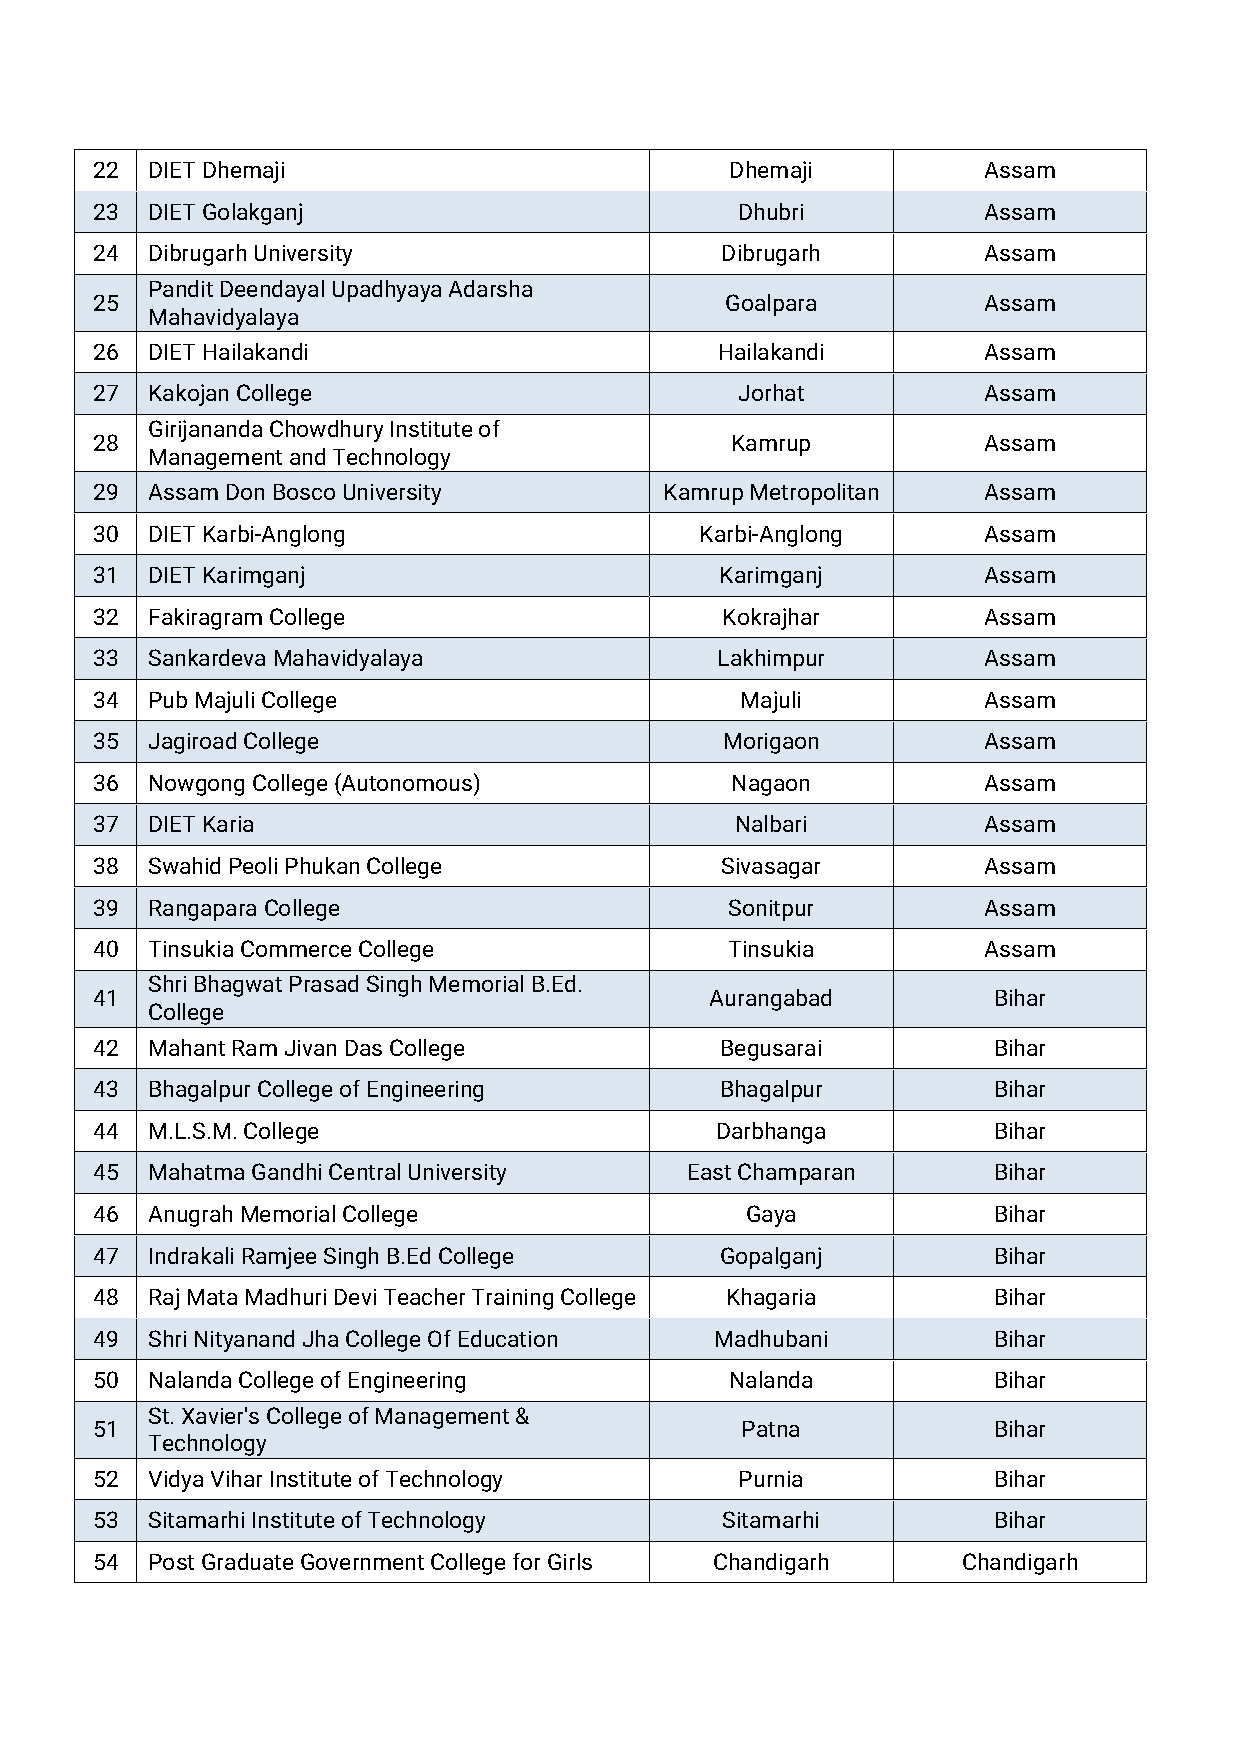
22  DIETDhemaji                           Dhemaji          Assam
 23  DIETGolakganj                          Dhubri          Assam
 24  DibrugarhUniversity                   Dibrugarh        Assam
 PanditDeendayalUpadhyayaAdarsha
 25                                        Goalpara         Assam
 Mahavidyalaya
 26  DIETHailakandi                       Hailakandi        Assam
 27  KakojanCollege                         Jorhat          Assam
 GirijanandaChowdhuryInstituteof
 28                                        Kamrup           Assam
 ManagementandTechnology
 29  AssamDonBoscoUniversity           KamrupMetropolitan   Assam
 30  DIETKarbi-Anglong                   Karbi-Anglong      Assam
 31  DIETKarimganj                         Karimganj        Assam
 32  FakiragramCollege                     Kokrajhar        Assam
 33  SankardevaMahavidyalaya              Lakhimpur         Assam
 34  PubMajuliCollege                       Majuli          Assam
 35  JagiroadCollege                       Morigaon         Assam
 36  NowgongCollege(Autonomous)            Nagaon           Assam
 37  DIETKaria                              Nalbari         Assam
 38  SwahidPeoliPhukanCollege              Sivasagar        Assam
 39  RangaparaCollege                      Sonitpur         Assam
 40  TinsukiaCommerceCollege               Tinsukia         Assam
 ShriBhagwatPrasadSinghMemorialB.Ed.
 41                                       Aurangabad         Bihar
 College
 42  MahantRamJivanDasCollege              Begusarai         Bihar
 43  BhagalpurCollegeofEngineering         Bhagalpur         Bihar
 44  M.L.S.M.College                      Darbhanga          Bihar
 45  MahatmaGandhiCentralUniversity     EastChamparan        Bihar
 46  AnugrahMemorialCollege                 Gaya             Bihar
 47  IndrakaliRamjeeSinghB.EdCollege       Gopalganj         Bihar
 48  RajMataMadhuriDeviTeacherTrainingCollege Khagaria       Bihar
 49  ShriNityanandJhaCollegeOfEducation   Madhubani          Bihar
 50  NalandaCollegeofEngineering           Nalanda           Bihar
 St.Xavier'sCollegeofManagement&
 51                                         Patna            Bihar
 Technology
 52  VidyaViharInstituteofTechnology        Purnia           Bihar
 53  SitamarhiInstituteofTechnology        Sitamarhi         Bihar
 54  PostGraduateGovernmentCollegeforGirls Chandigarh      Chandigarh